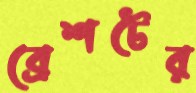
ব্রেশটের